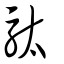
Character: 駄